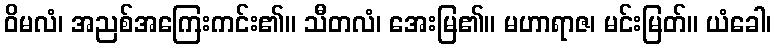
ဝိမလံ၊ အညစ်အကြေးကင်း၏။ သီတလံ၊ အေးမြ၏။ မဟာရာဇ၊ မင်းမြတ်။ ယံခေါ၊